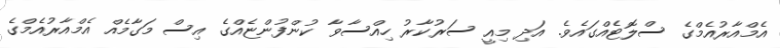
އެމްއާރުއެމްގެ ސްލޮޓެއްގައެވެ. އަދި މިއީ ސަރުކާރު ހިއްސާވާ ކުންފުންޏެއްގެ އިސް މަގާމެއް އެމްއާރުއެމްގެ